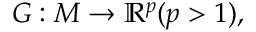
G : M \to \mathbb { R } ^ { p } ( p > 1 ) ,